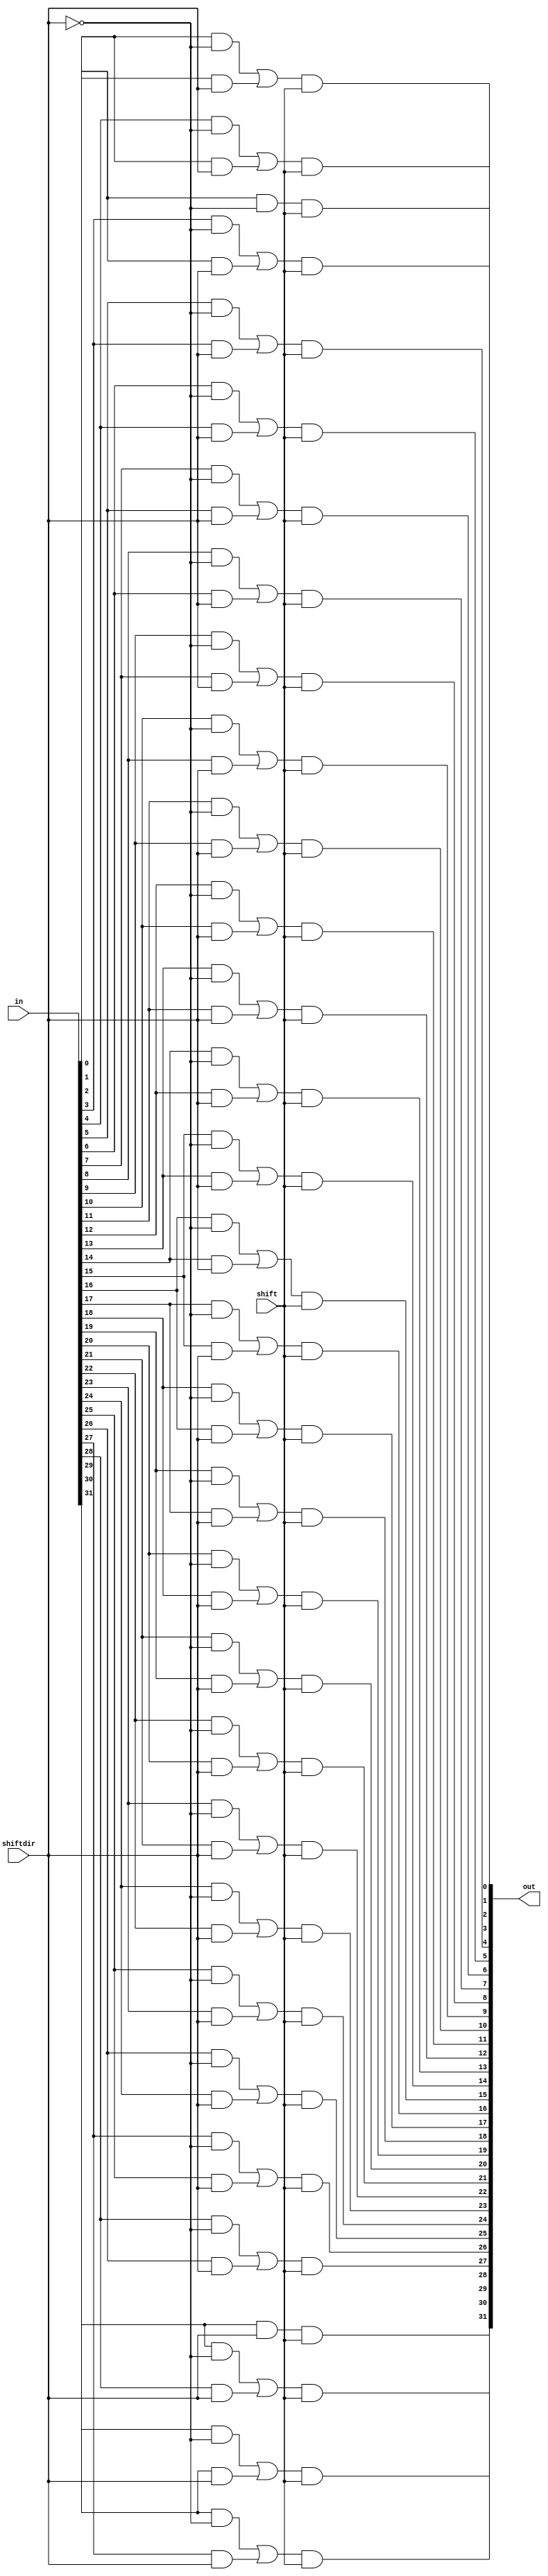
module shifter(
out,
in,
shiftdir, //0 shift right 1 shift left 
shift //0 outputs input 1 shifts 
);
//input
input [31:0] in;
input shift;
input shiftdir;
//output
output [31:0] out;
//intermediate
wire notshiftdir;
wire outleft [31:0];
wire outright [31:0];
wire outshift [31:0];
not(notshiftdir,shiftdir);
buf(outleft[0],0);
and(outleft[1],in[0],shiftdir);
and(outleft[2],in[1],shiftdir);
and(outleft[3],in[2],shiftdir);
and(outleft[4],in[3],shiftdir);
and(outleft[5],in[4],shiftdir);
and(outleft[6],in[5],shiftdir);
and(outleft[7],in[6],shiftdir);
and(outleft[8],in[7],shiftdir);
and(outleft[9],in[8],shiftdir);
and(outleft[10],in[9],shiftdir);
and(outleft[11],in[10],shiftdir);
and(outleft[12],in[11],shiftdir);
and(outleft[13],in[12],shiftdir);
and(outleft[14],in[13],shiftdir);
and(outleft[15],in[14],shiftdir);
and(outleft[16],in[15],shiftdir);
and(outleft[17],in[16],shiftdir);
and(outleft[18],in[17],shiftdir);
and(outleft[19],in[18],shiftdir);
and(outleft[20],in[19],shiftdir);
and(outleft[21],in[20],shiftdir);
and(outleft[22],in[21],shiftdir);
and(outleft[23],in[22],shiftdir);
and(outleft[24],in[23],shiftdir);
and(outleft[25],in[24],shiftdir);
and(outleft[26],in[25],shiftdir);
and(outleft[27],in[26],shiftdir);
and(outleft[28],in[27],shiftdir);
and(outleft[29],in[28],shiftdir);
and(outleft[30],in[29],shiftdir);
and(outleft[31],in[30],shiftdir);

and(outright[0],in[1],notshiftdir);
and(outright[1],in[2],notshiftdir);
and(outright[2],in[3],notshiftdir);
and(outright[3],in[4],notshiftdir);
and(outright[4],in[5],notshiftdir);
and(outright[5],in[6],notshiftdir);
and(outright[6],in[7],notshiftdir);
and(outright[7],in[8],notshiftdir);
and(outright[8],in[9],notshiftdir);
and(outright[9],in[10],notshiftdir);
and(outright[10],in[11],notshiftdir);
and(outright[11],in[12],notshiftdir);
and(outright[12],in[13],notshiftdir);
and(outright[13],in[14],notshiftdir);
and(outright[14],in[15],notshiftdir);
and(outright[15],in[16],notshiftdir);
and(outright[16],in[17],notshiftdir);
and(outright[17],in[18],notshiftdir);
and(outright[18],in[19],notshiftdir);
and(outright[19],in[20],notshiftdir);
and(outright[20],in[21],notshiftdir);
and(outright[21],in[22],notshiftdir);
and(outright[22],in[23],notshiftdir);
and(outright[23],in[24],notshiftdir);
and(outright[24],in[25],notshiftdir);
and(outright[25],in[26],notshiftdir);
and(outright[26],in[27],notshiftdir);
and(outright[27],in[28],notshiftdir);
and(outright[28],in[29],notshiftdir);
and(outright[29],in[30],notshiftdir);
and(outright[30],in[31],notshiftdir);
buf(outright[31],0);
or(outshift[0],outright[0],outleft[0]);
or(outshift[1],outright[1],outleft[1]);
or(outshift[2],outright[2],outleft[2]);
or(outshift[3],outright[3],outleft[3]);
or(outshift[4],outright[4],outleft[4]);
or(outshift[5],outright[5],outleft[5]);
or(outshift[6],outright[6],outleft[6]);
or(outshift[7],outright[7],outleft[7]);
or(outshift[8],outright[8],outleft[8]);
or(outshift[9],outright[9],outleft[9]);
or(outshift[10],outright[10],outleft[10]);
or(outshift[11],outright[11],outleft[11]);
or(outshift[12],outright[12],outleft[12]);
or(outshift[13],outright[13],outleft[13]);
or(outshift[14],outright[14],outleft[14]);
or(outshift[15],outright[15],outleft[15]);
or(outshift[16],outright[16],outleft[16]);
or(outshift[17],outright[17],outleft[17]);
or(outshift[18],outright[18],outleft[18]);
or(outshift[19],outright[19],outleft[19]);
or(outshift[20],outright[20],outleft[20]);
or(outshift[21],outright[21],outleft[21]);
or(outshift[22],outright[22],outleft[22]);
or(outshift[23],outright[23],outleft[23]);
or(outshift[24],outright[24],outleft[24]);
or(outshift[25],outright[25],outleft[25]);
or(outshift[26],outright[26],outleft[26]);
or(outshift[27],outright[27],outleft[27]);
or(outshift[28],outright[28],outleft[28]);
or(outshift[29],outright[29],outleft[29]);
or(outshift[30],outright[30],outleft[30]);
or(outshift[31],outright[31],outleft[31]);

and(out[0],outshift[0],shift);
and(out[1],outshift[1],shift);
and(out[2],outshift[2],shift);
and(out[3],outshift[3],shift);
and(out[4],outshift[4],shift);
and(out[5],outshift[5],shift);
and(out[6],outshift[6],shift);
and(out[7],outshift[7],shift);
and(out[8],outshift[8],shift);
and(out[9],outshift[9],shift);
and(out[10],outshift[10],shift);
and(out[11],outshift[11],shift);
and(out[12],outshift[12],shift);
and(out[13],outshift[13],shift);
and(out[14],outshift[14],shift);
and(out[15],outshift[15],shift);
and(out[16],outshift[16],shift);
and(out[17],outshift[17],shift);
and(out[18],outshift[18],shift);
and(out[19],outshift[19],shift);
and(out[20],outshift[20],shift);
and(out[21],outshift[21],shift);
and(out[22],outshift[22],shift);
and(out[23],outshift[23],shift);
and(out[24],outshift[24],shift);
and(out[25],outshift[25],shift);
and(out[26],outshift[26],shift);
and(out[27],outshift[27],shift);
and(out[28],outshift[28],shift);
and(out[29],outshift[29],shift);
and(out[30],outshift[30],shift);
and(out[31],outshift[31],shift);



endmodule